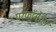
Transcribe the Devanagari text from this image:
परफॉर्मेशन